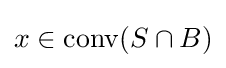
x\in \operatorname {conv} (S\cap B)